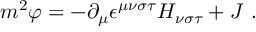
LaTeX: m ^ { 2 } \varphi = - \partial _ { \mu } \epsilon ^ { \mu \nu \sigma \tau } H _ { \nu \sigma \tau } + J \ .